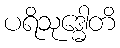
ပရိသုဒ္ဓေါတိ